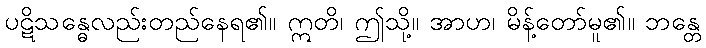
ပဋိသန္ဓေလည်းတည်နေရ၏။ ဣတိ၊ ဤသို့။ အာဟ၊ မိန့်တော်မူ၏။ ဘန္တေ